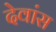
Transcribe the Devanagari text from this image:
देवांस